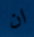
ان